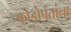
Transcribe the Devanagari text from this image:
कोंडोपंतांना